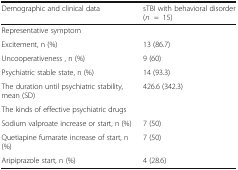
| Demographic and clinical data | sTBI with behavioral disorder (n=15) |
 | --- | --- |
 | <COLSPAN=2> Representative symptom |
 | Excitement, n (%) | 13 (86.7) |
 | Uncooperativeness , n (%) | 9 (60) |
 | Psychiatric stable state, n (%) | 14 (93.3) |
 | The duration until psychiatric stability, mean (SD) | 426.6 (342.3) |
 | <COLSPAN=2> The kinds of effective psychiatric drugs |
 | Sodium valproate increase or start, n (%) | 7 (50) |
 | Quetiapine fumarate increase of start, n (%) | 7 (50) |
 | Aripiprazole start, n (%) | 4 (28.6) |